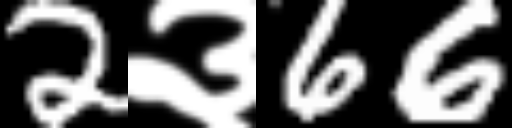
Text: 2३66